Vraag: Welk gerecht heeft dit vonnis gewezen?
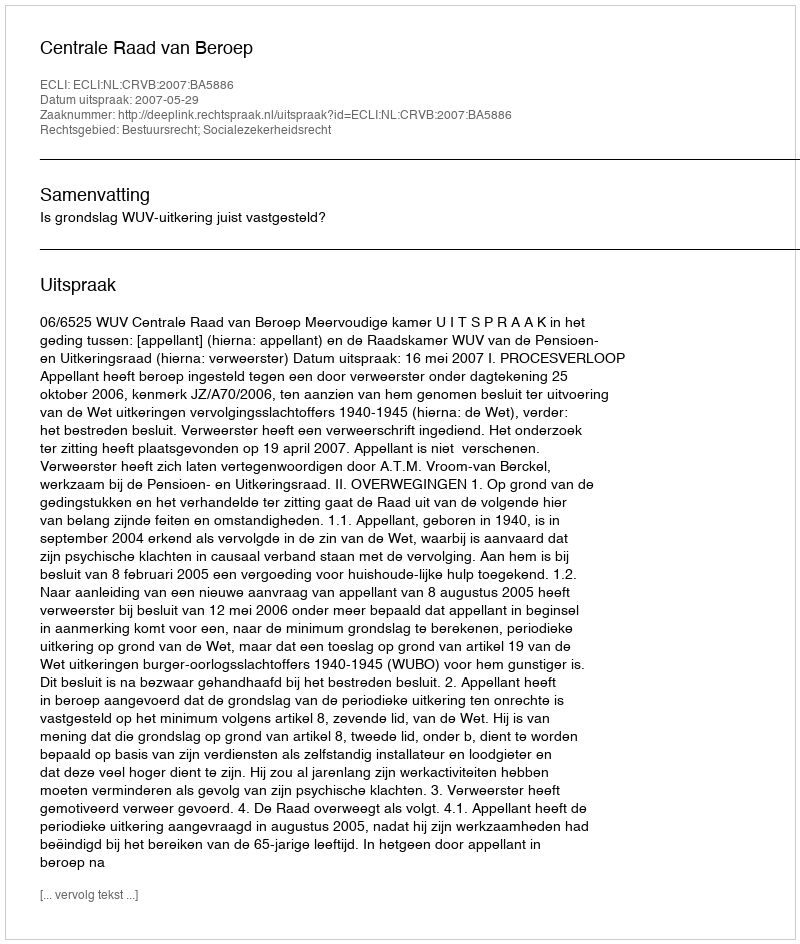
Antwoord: Centrale Raad van Beroep